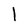
Character: l